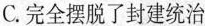
C.完全摆脱了封建统治